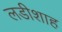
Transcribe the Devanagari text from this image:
लडीशाह